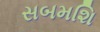
સબમશિ